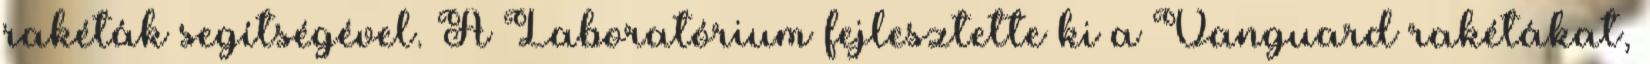
rakéták segítségével. A Laboratórium fejlesztette ki a Vanguard rakétákat,